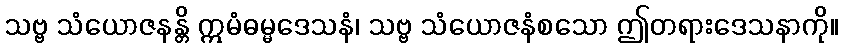
သဗ္ဗ သံယောဇနန္တိ ဣမံဓမ္မဒေသနံ၊ သဗ္ဗ သံယောဇနံစသော ဤတရားဒေသနာကို။